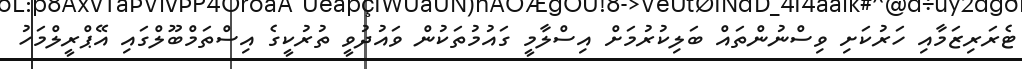
ޓެރަރިޒަމާއި ހަރުކަށި ވިސްނުންތައް ބަލިކުރުމަށް އިސްލާމީ ގައުމުތަކުން ވައުދުވީ ތުރުކީގެ އިސްތަމްބޫލްގައި އޭޕްރީލްމަހު